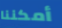
أمكننا